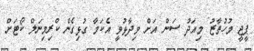
ޕީޖީ މުހުތާޒު މިއަދު ސަން އަށް ވިދާޅުވީ އެކަމާ ގުޅިގެން ކްރިމިނަލް ކޯޓަށް